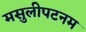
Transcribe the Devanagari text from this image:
मसुलीपटनम